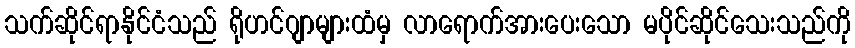
သက်ဆိုင်ရာနိုင်ငံသည် ရိုဟင်ဂျာများထံမှ လာရောက်အားပေးသော မပိုင်ဆိုင်သေးသည်ကို